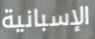
الإسبانية